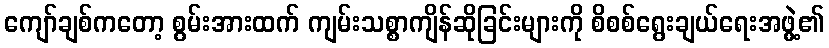
ကျော်ချစ်ကတော့ စွမ်းအားထက် ကျမ်းသစ္စာကျိန်ဆိုခြင်းများကို စိစစ်ရွေးချယ်ရေးအဖွဲ့၏